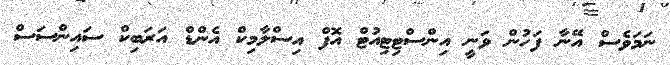
ނަމަވެސް އޭނާ ފަހުން ވަނީ އިންސްޓިޓިއުޓް އޮފް އިސްލާމިކް އެންޑް އަރަބިކް ސައިންސަސް